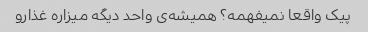
پیک واقعا نمیفهمه؟ همیشه‌ی واحد دیگه میزاره غذارو